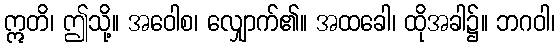
ဣတိ၊ ဤသို့။ အဝေါစ၊ လျှောက်၏။ အထခေါ၊ ထိုအခါ၌။ ဘဂဝါ၊